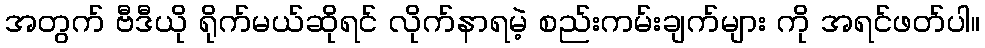
အတွက် ဗီဒီယို ရိုက်မယ်ဆိုရင် လိုက်နာရမဲ့ စည်းကမ်းချက်များ ကို အရင်ဖတ်ပါ။